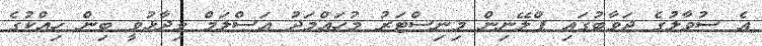
އެ ސުވާލުގެ ޖަވާބުގައި ޕްލޭނިން މިނިސްޓަރު މުހައްމަދު އަސްލަމް ވިދާޅުވީ ބިން ހިއްކުގެ